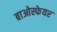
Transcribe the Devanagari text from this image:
बाओस्फेयर